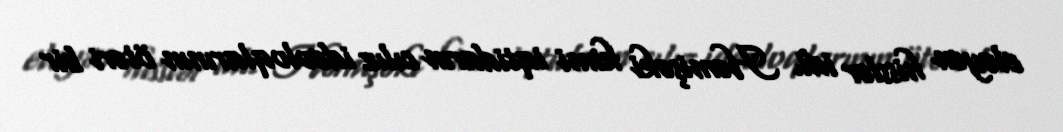
eləyən hisslər idi. Həmişəki kimi iqtidarın cılız ideoloqlarının ötəri bir